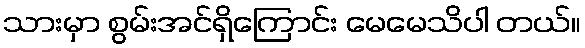
သားမှာ စွမ်းအင်ရှိကြောင်း မေမေသိပါ တယ်။